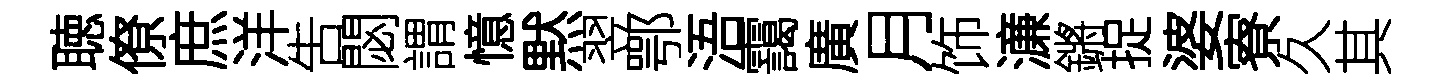
聴僚庶洋吿閟謂憶黙翌鄂浯靄廣月饰濓鏘捉婆寮久其